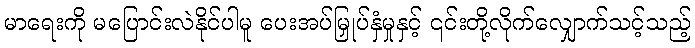
မာရေးကို မပြောင်းလဲနိုင်ပါမူ ပေးအပ်မြှုပ်နှံမှုနှင့် ၎င်းတို့လိုက်လျှောက်သင့်သည့်